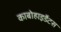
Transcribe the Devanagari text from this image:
काबोहाइर्डेटस